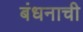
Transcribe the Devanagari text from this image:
बंधनाची